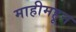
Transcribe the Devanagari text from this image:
माहीमहून